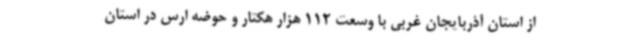
از استان آذربایجان غربی با وسعت 112 هزار هکتار و حوضه ارس در استان